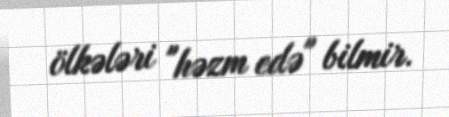
ölkələri "həzm edə" bilmir.